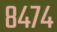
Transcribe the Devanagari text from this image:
८४७४